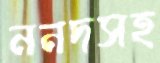
ননদসহ